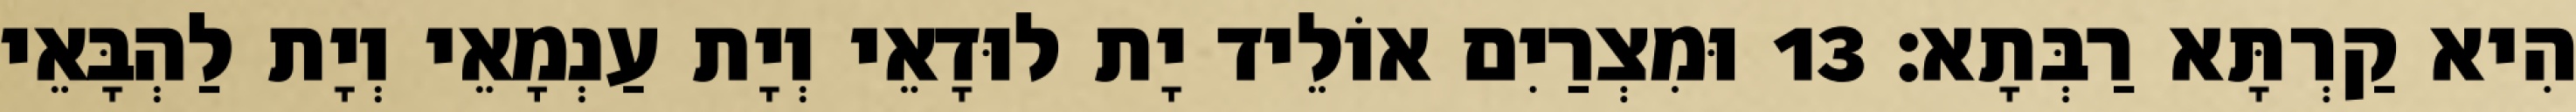
הִיא קַרְתָּא רַבְּתָא׃ 13 וּמִצְרַיִם אוֹלֵיד יָת לוּדָאֵי וְיָת עַנְמָאֵי וְיָת לַהְבָּאֵי